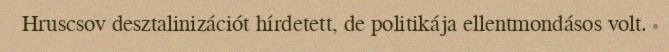
Hruscsov desztalinizációt hírdetett, de politikája ellentmondásos volt.